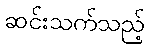
ဆင်းသက်သည့်